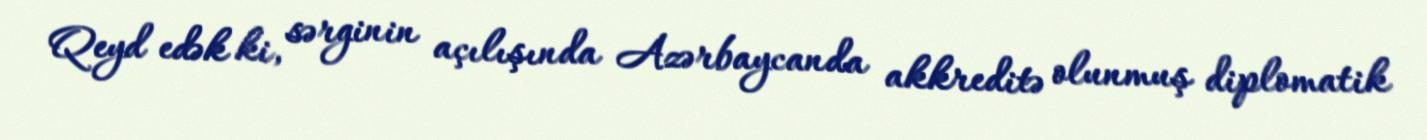
Qeyd edək ki, sərginin açılışında Azərbaycanda akkreditə olunmuş diplomatik